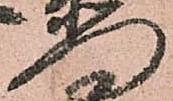
門